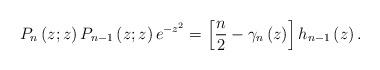
LaTeX: \begin{align*}P_{n}\left( z;z\right) P_{n-1}\left( z;z\right) e^{-z^{2}}=\left[\frac{n}{2}-\gamma_{n}\left( z\right) \right] h_{n-1}\left( z\right) .\end{align*}